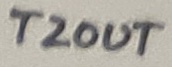
Text: T2OUT